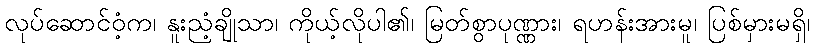
လုပ်ဆောင်ဝံ့က၊ နူးညံ့ချိုသာ၊ ကိုယ့်လိုပါ၏၊ မြတ်စွာပုဏ္ဏား၊ ရဟန်းအားမူ၊ ပြစ်မှားမရှိ၊